Leningradi_Edasi_toimetus, lk 8
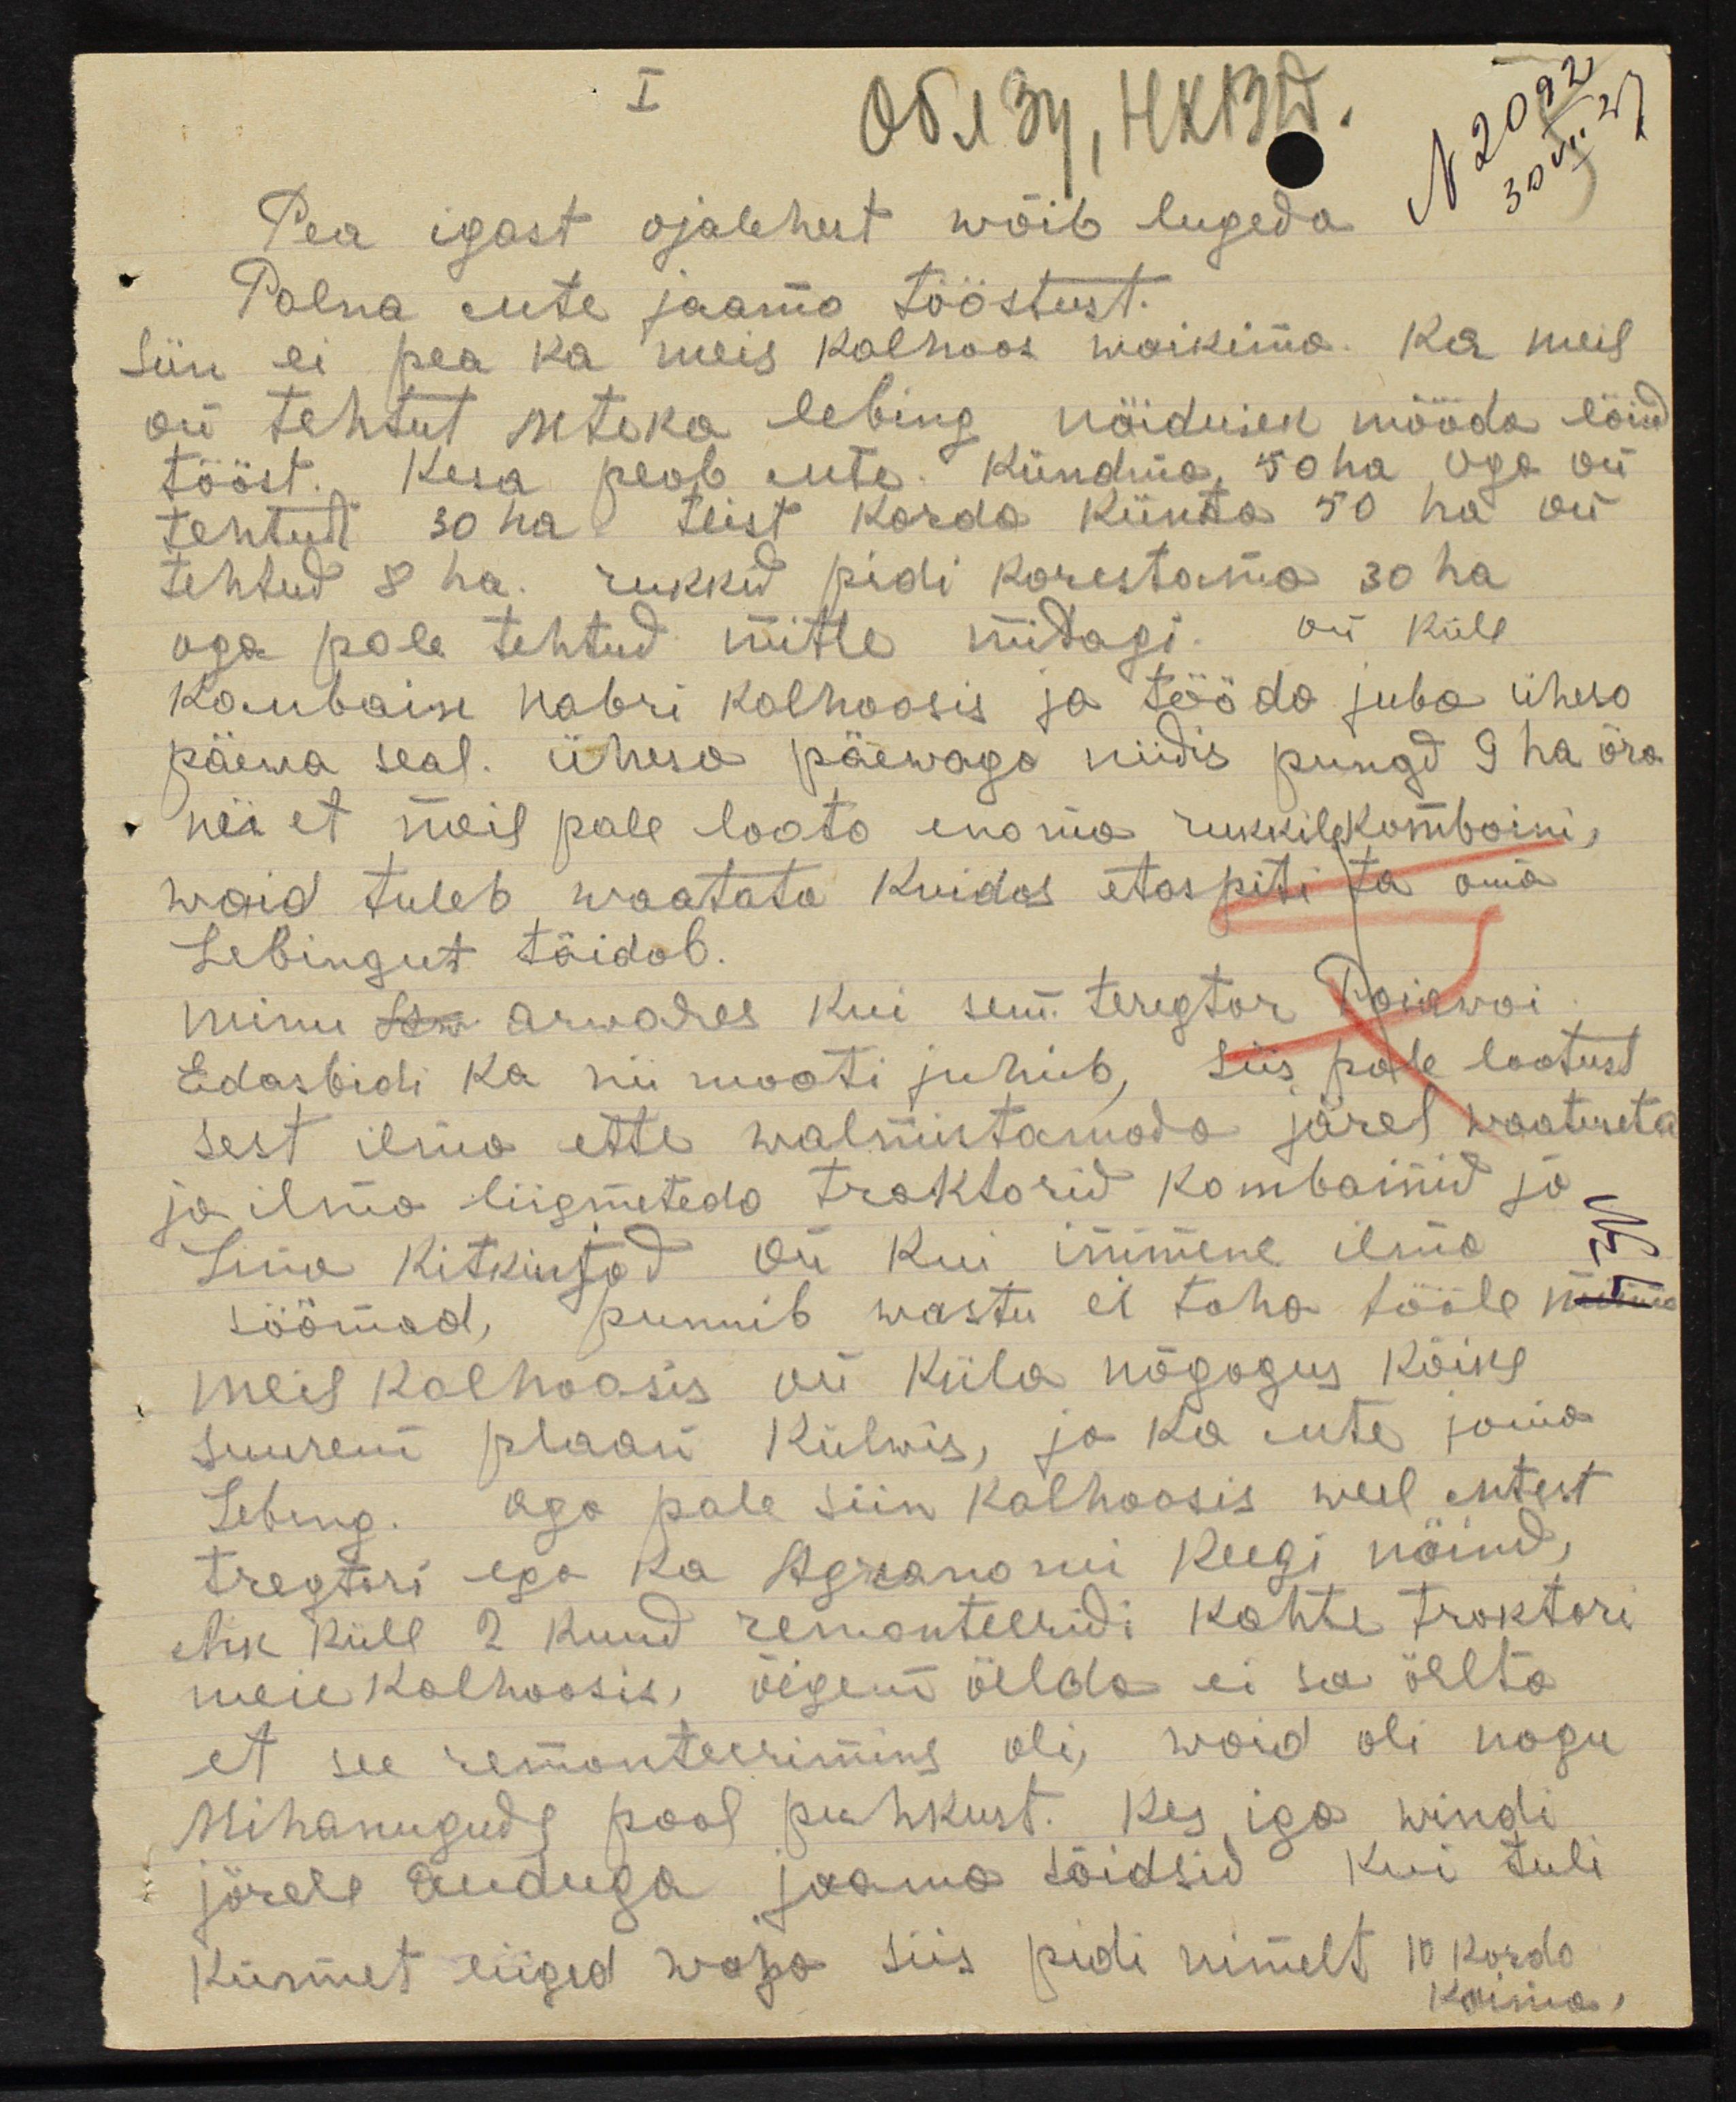
Pea igast ajalehest wõib lugeda
Polna ente jaama tööstust.
Siin ei pea ka meil kolhoos waikima. Ka meil
on tehtut metska lebing näiduseks mööda lõid
tööst. Kesa peab ente kündma, 50 ha, aga on
tehtud 30 ha teist korda künda 50 ha on
tehtud 8 ha. rukkid pidi kobestama 30 ha
aga pole tehtud mitte midagi. On küll
kombaini nabri kolhoosis ja tööda juba ühesa
päewa seal. ühesa päewaga niidis pungd 9 ha ära
nii et meil pole loota enama rukkilekombaini,
waid tuleb waatata kuidas etaspiti ta oma
Lebingut täidab.
minu sew arwades kui sm. teregtor Poirwoi
Edaspidi ka nii moodi juhib, siis pole lootust
sest ilma ette walmistamata järel waatuseta
ja ilma liigmeteda traktorid kombainid ja
Liina kitkiistad. Oli kui inimene ilma
söömad, punnib wastu ei taha tööle püüma
meil kolhoosis on küla nõgogus kõike
suurem plaani külvis, ja ka ute jõund
Lebing. Aga pale siin kolhoosis weel utest
tragtori ega ka Agranomi keegi näinud,
ehk küll 2 kuud remonteeridi kohte traktori
meie kolhoosis, õigem öelda ei sa öelta
et see remonteerimine oli, waid oli nagu
Mihanugude pool puhkust. Kes iga windi
järele anduga joama tõidsid kui tuli
kürmet liiged waja siis pidi nimelt 10 korda
kaima